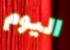
اليوم